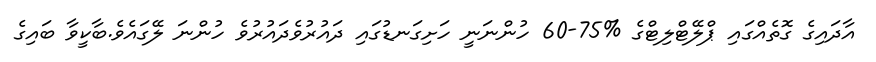
އާދައިގެ ގޮތެއްގައި ޕްލޭޓްލިޓްގެ %75-60 ހުންނަނީ ހަށިގަނޑުގައި ދައުރުވެދައުރުވެ ހުންނަ ލޭގައެވެ.ބާކީވާ ބައިގެ